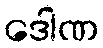
ဒေါဏ